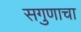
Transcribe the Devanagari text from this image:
सगुणाचा